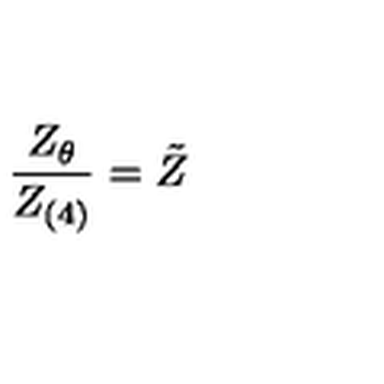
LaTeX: \frac { Z _ { \theta } } { Z _ { ( 4 ) } } = \tilde { Z }